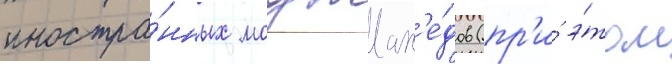
иностра́нных моджах'е́дов (пр'и́ э́том